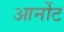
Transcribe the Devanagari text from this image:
आर्नोट